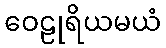
ဝေဠုရိယမယံ